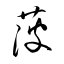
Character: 菠